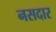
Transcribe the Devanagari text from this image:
नसदार